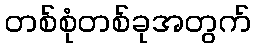
တစ်စုံတစ်ခုအတွက်